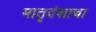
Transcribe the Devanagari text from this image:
मातृवंशाचा